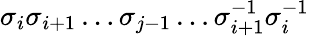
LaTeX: \sigma_{i}\sigma_{i+1}\dots\sigma_{j-1}\dots\sigma_{i+1}^{-1}\sigma_{i}^{-1}